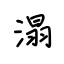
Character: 溻